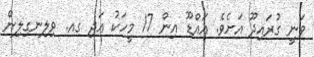
ވަނީ ގުރައިދޫ އަށެވެ. އައްޑޫ އިން 17 މީހަކު އަދި ގއ. ވިލިނގިލިން